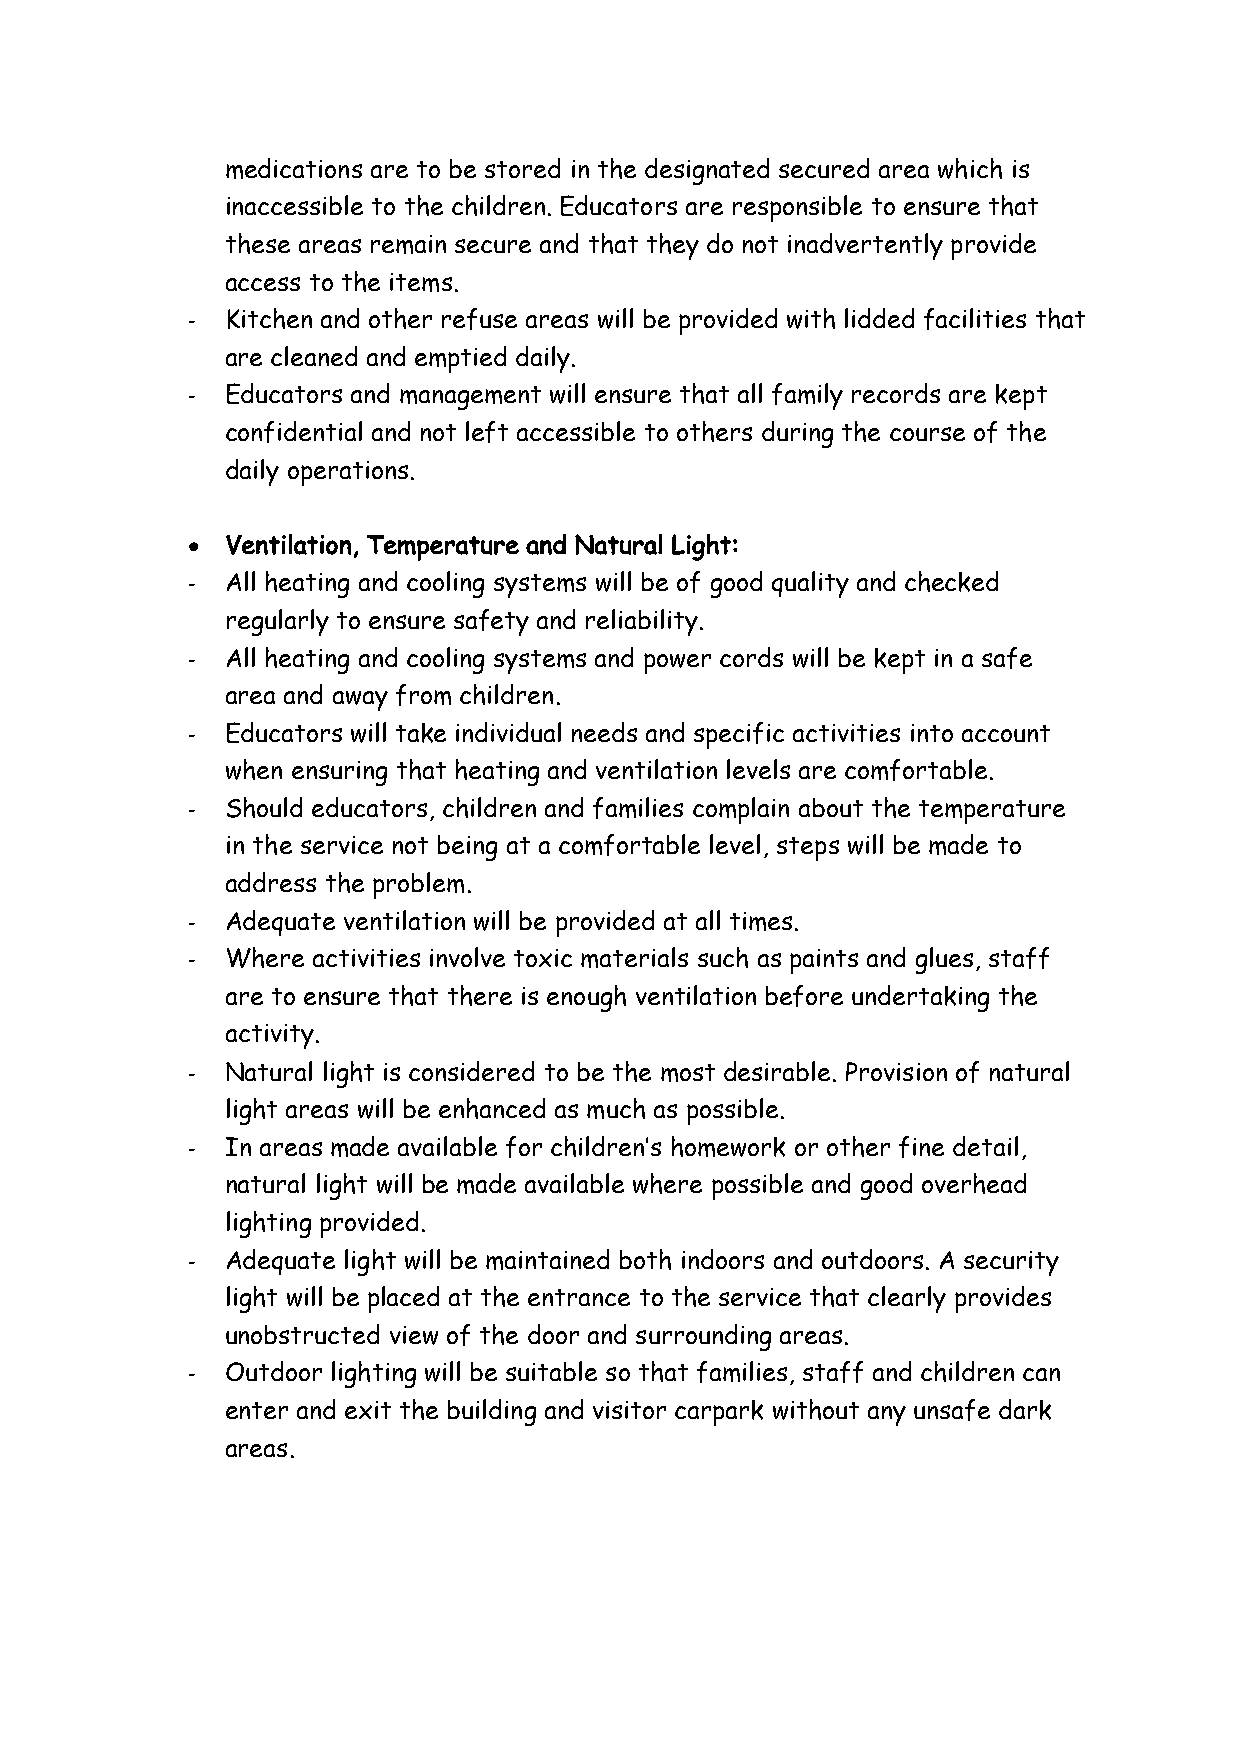
medications are to be stored in the designated secured area which is
 inaccessible to the children. Educators are responsible to ensure that
 these areas remain secure and that they do not inadvertently provide
 access to the items.
 -  Kitchen and other refuse areas will be provided with lidded facilities that
 are cleaned and emptied daily.
 -  Educators and management will ensure that all family records are kept
 confidential and not left accessible to others during the course of the
 daily operations.
 •  Ventilation, Temperature and Natural Light:
 -  All heating and cooling systems will be of good quality and checked
 regularly to ensure safety and reliability.
 -  All heating and cooling systems and power cords will be kept in a safe
 area and away from children.
 -  Educators will take individual needs and specific activities into account
 when ensuring that heating and ventilation levels are comfortable.
 -  Should educators, children and families complain about the temperature
 in the service not being at a comfortable level, steps will be made to
 address the problem.
 -  Adequate ventilation will be provided at all times.
 -  Where activities involve toxic materials such as paints and glues, staff
 are to ensure that there is enough ventilation before undertaking the
 activity.
 -  Natural light is considered to be the most desirable. Provision of natural
 light areas will be enhanced as much as possible.
 -  In areas made available for children’s homework or other fine detail,
 natural light will be made available where possible and good overhead
 lighting provided.
 -  Adequate light will be maintained both indoors and outdoors. A security
 light will be placed at the entrance to the service that clearly provides
 unobstructed view of the door and surrounding areas.
 -  Outdoor lighting will be suitable so that families, staff and children can
 enter and exit the building and visitor carpark without any unsafe dark
 areas.